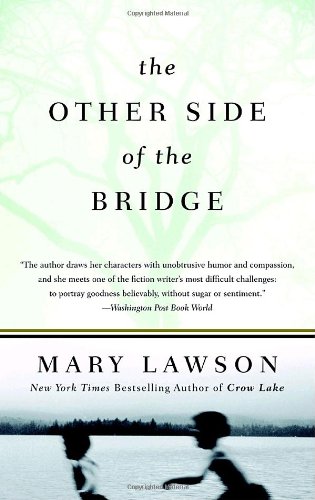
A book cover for The Other Side of the Bridge; Mary Lawson; Literature & Fiction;